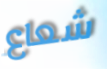
شعاع